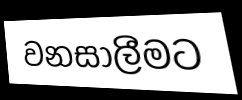
වනසාලීමට